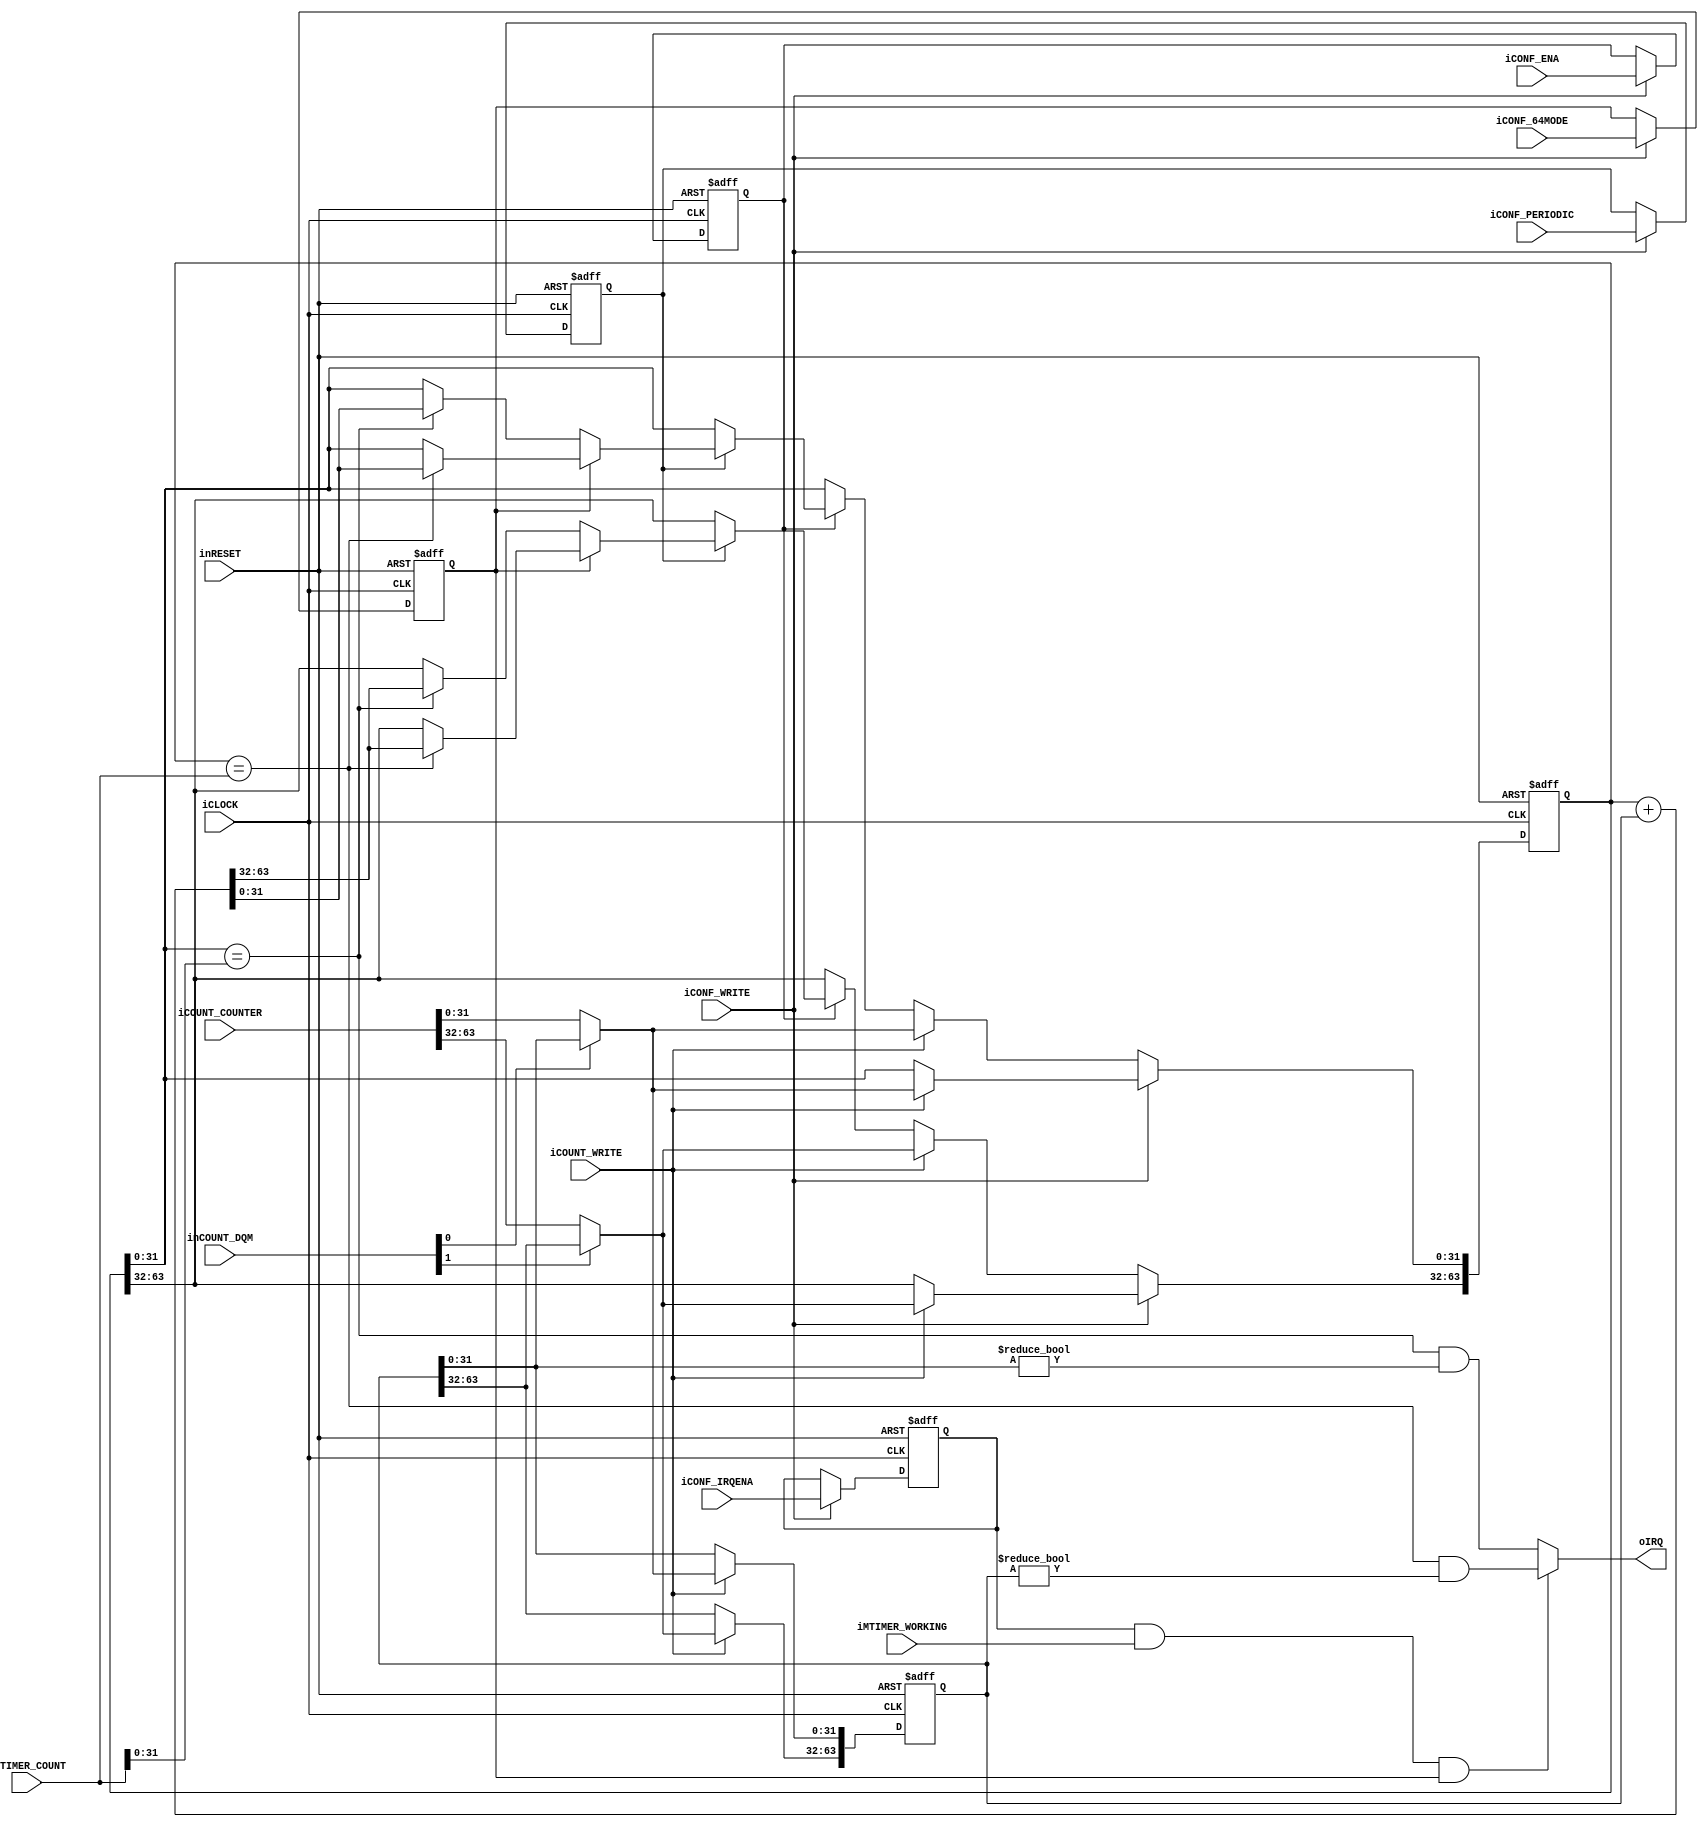
module dps_comparator_counter(
		input wire iCLOCK,
		input wire inRESET,
		input wire iMTIMER_WORKING,
		input wire [63:0] iMTIMER_COUNT,
		input wire iCONF_WRITE,
		input wire iCONF_ENA,
		input wire iCONF_IRQENA,
		input wire iCONF_64MODE,
		input wire iCONF_PERIODIC,			
		input wire iCOUNT_WRITE,
		input wire [1:0] inCOUNT_DQM,
		input wire [63:0] iCOUNT_COUNTER,
		output wire oIRQ
	);
	reg enable;
	reg irqena;
	reg [63:0] ini_counter;
	reg [63:0] counter;
	reg bitmode;
	reg periodic;
	always@(posedge iCLOCK or negedge inRESET)begin
		if(!inRESET)begin
			enable <= 1'b0;
			irqena <= 1'b0;
			ini_counter <= 64'h0;
			counter <= 64'h0;
			bitmode <= 1'b0;
			periodic <= 1'b0;
		end
		else begin
			if(iCONF_WRITE)begin
				enable <= iCONF_ENA;
				irqena <= iCONF_IRQENA;
				bitmode <= iCONF_64MODE;
				periodic <= iCONF_PERIODIC;
				if(iCOUNT_WRITE)begin
					ini_counter[31:0] <= (!inCOUNT_DQM[0])? iCOUNT_COUNTER[31:0] : ini_counter[31:0];
					ini_counter[63:32] <= (!inCOUNT_DQM[1])? iCOUNT_COUNTER[63:32] : ini_counter[63:32];
					counter[31:0] <= (!inCOUNT_DQM[0])? iCOUNT_COUNTER[31:0] : ini_counter[31:0];
					counter[63:32] <= (!inCOUNT_DQM[1])? iCOUNT_COUNTER[63:32] : ini_counter[63:32];
				end
			end
			else begin
				if(iCOUNT_WRITE)begin
					ini_counter[31:0] <= (!inCOUNT_DQM[0])? iCOUNT_COUNTER[31:0] : ini_counter[31:0];
					ini_counter[63:32] <= (!inCOUNT_DQM[1])? iCOUNT_COUNTER[63:32] : ini_counter[63:32];
					counter[31:0] <= (!inCOUNT_DQM[0])? iCOUNT_COUNTER[31:0] : ini_counter[31:0];
					counter[63:32] <= (!inCOUNT_DQM[1])? iCOUNT_COUNTER[63:32] : ini_counter[63:32];
				end
				else if(enable)begin
					if(periodic)begin
						if(bitmode)begin
							if(counter == iMTIMER_COUNT)begin
								counter <= counter + ini_counter;
							end
						end
						else begin
							if(counter[31:0] == iMTIMER_COUNT[31:0])begin
								counter <= counter + ini_counter;
							end
						end
					end
				end
			end
		end
	end
	assign oIRQ = irqena && iMTIMER_WORKING && (bitmode)? (counter == iMTIMER_COUNT && ini_counter != 64'h0) : (counter[31:0] == iMTIMER_COUNT[31:0] && ini_counter[31:0] != 32'h0);
endmodule